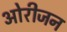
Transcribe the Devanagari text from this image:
ओरीजन